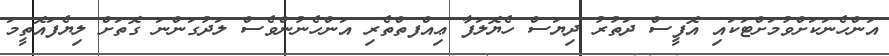
އަންހެނަކަށްވުމަށްޓަކައި އޮފީސް ދަތުރު ދިޔަސް ހެޔޮލަފާ ޢިއްފތްތެރި އަންހެނުންވެސް ލަދުގަންނަ ގޮތަށް ލިޔެފައޮތީމަ